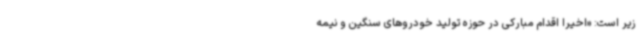
زیر است: «اخیرا اقدام مبارکی در حوزه تولید خودروهای سنگین و نیمه